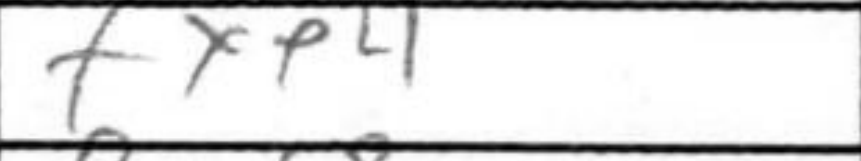
Transcription: fxe4